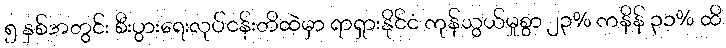
၅ နှစ်အတွင်း စီးပွားရေးလုပ်ငန်းတိထဲမှာ ရာရှားနိုင်ငံ ကုန်သွယ်မှုစွာ ၂၃% ကနိန် ၃၁% ထိ